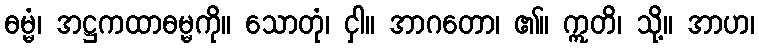
ဓမ္မံ၊ အဋ္ဌကထာဓမ္မကို။ သောတုံ၊ ငှါ။ အာဂတော၊ ၏။ ဣတိ၊ သို့။ အာဟ၊